Plague in India, 1896, 1897 - Volume 2
Year: 1896
Disease focus: Plague
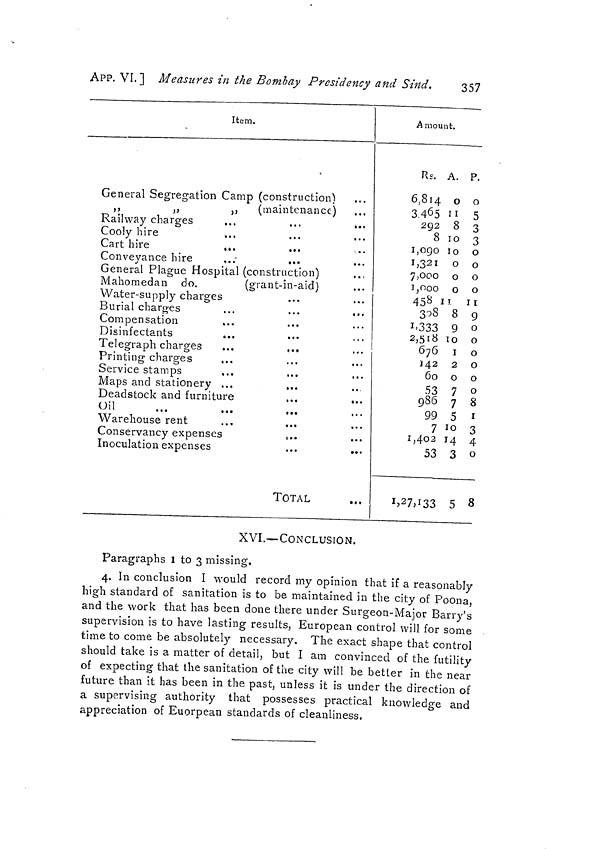
APP. VI.] Measures in the Bombay Presidency and Sind.
357
Item.
General Segregation Camp (construction)
,,
,,
,,
(maintenance)
Railway charges
...
...
...
Cooly hire
Cart hire
...
Conveyance hire
General Plague Hospital (construction)
Mahomedan do.
(grant-in-aid)
Water-supply charges
Burial charges
...
...
...
Compensation
Disinfectants
...
Telegraph charges
...
...
Printing charges
...
Service stamps
,..
Maps and stationery ...
...
Deadstock and furniture
...
...
Oil
Warehouse rent
Conservancy expenses
Inoculation expenses
...
...
TOTAL
Amount.
Rs.
6,814
3.465
292
8
1,090
1,321
7,000
1,000
458
308
1.333
2,518
676
142
60
53
986
99
7
1,402
53
1.27,133
A. P.
o o
11 5
8 3
10 3
10
0
0 0
0 0
0 0
11
11
8 9
9 o
10
0
1 0
2
0
0 0
7 o
7 8
5 1
10 3
14 4
3 o
5 8
XVI.—CONCLUSION.
Paragraphs I to 3 missing.
4. In conclusion I would record my opinion that if a reasonably
high standard of sanitation is to be maintained in the city of Poona,
and the work that has been done there under Surgeon-Major Barry's
supervision is to have lasting results, European control will for some
time to come be absolutely necessary. The exact shape that control
should take is a matter of detail, but I am convinced of the futility
of expecting that the sanitation of the city will be better in the near
future than it has been in the past, unless it is under the direction of
a supervising authority that possesses practical knowledge and
appreciation of Euorpean standards of cleanliness.